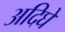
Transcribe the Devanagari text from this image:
अदिघे